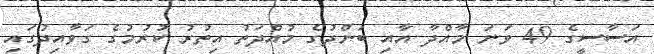
އަސާސީގެ 49 ވަނަ މާއްދާ އާއި ބަންދުގެ މުއްދަތު އިތުރު ކުރުމުގެ ގަވާއިދުގައި